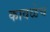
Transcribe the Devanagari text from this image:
कावळेच